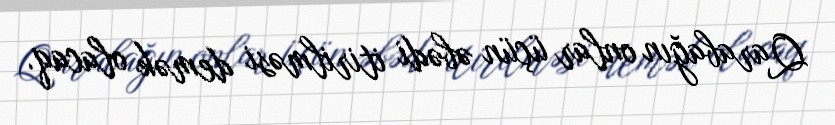
Qarabağın onlar üçün əbədi itirilməsi demək olacaq.